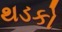
થડકો